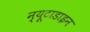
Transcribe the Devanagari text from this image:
न्यूटाडाइन